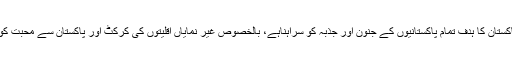
سوپر ہے پورا پاکستان کا ہدف تمام پاکستانیوں کے جنون اور جذبہ کو سراہناہے، بالخصوص غیر نمایاں اقلیتوں کی کرکٹ اور پاکستان سے محبت کو اجاگر کرنا ہے۔